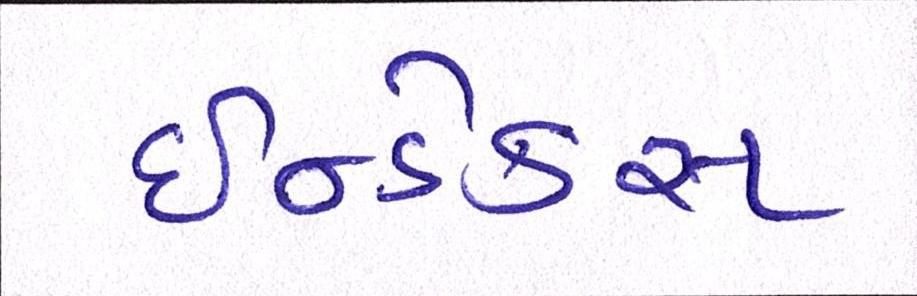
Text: ઇન્ડેક્સ